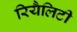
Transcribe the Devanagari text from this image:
रियैलिटी